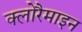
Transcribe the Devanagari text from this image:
क्लोरैमाइन